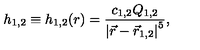
{ h _ { 1 , 2 } } \equiv { h _ { 1 , 2 } } ( r ) = { \frac { c _ { 1 , 2 } Q _ { 1 , 2 } } { \left| \vec { r } - \vec { r } _ { 1 , 2 } \right| ^ { 5 } } } ,